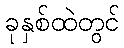
ခုနှစ်ထဲတွင်